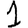
Digit: 1